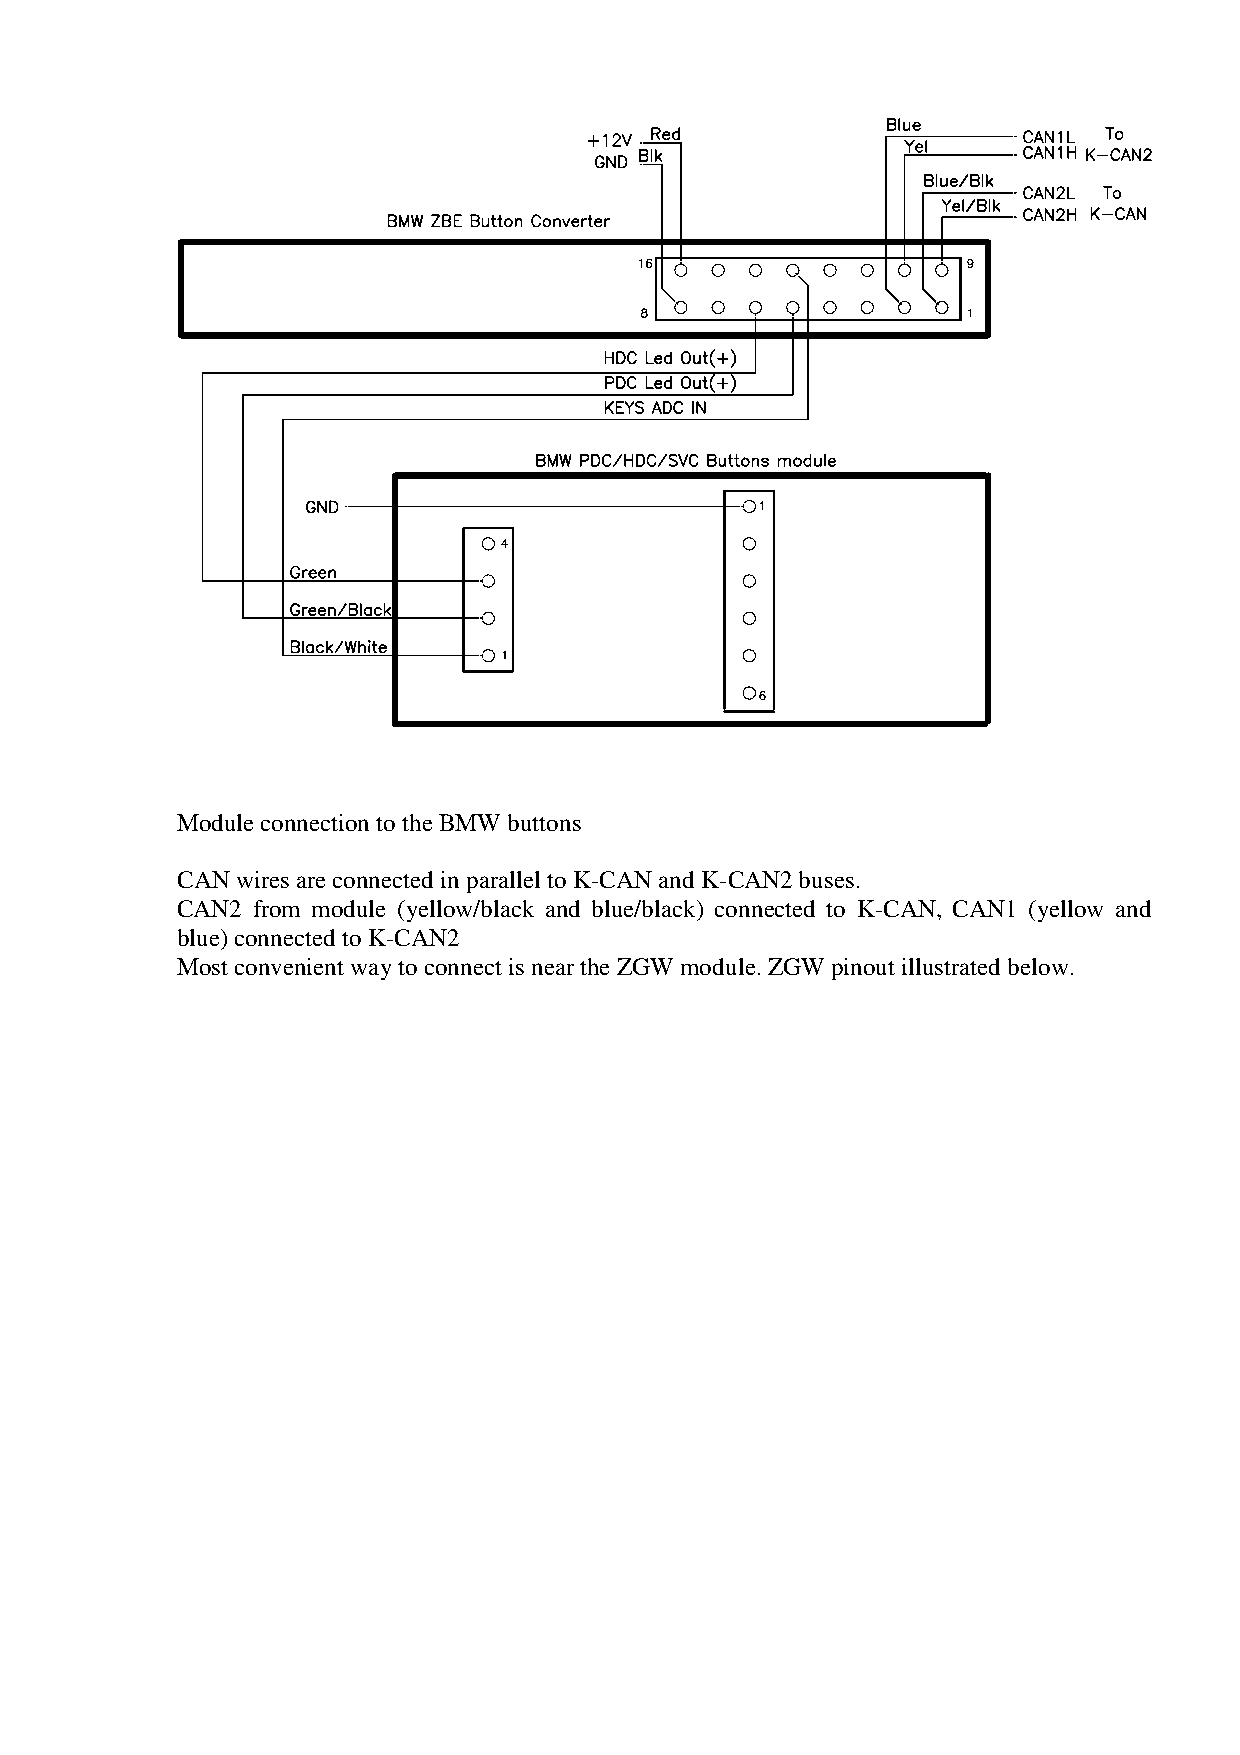
Module connection to the BMW buttons
 CAN wires are connected in parallel to K-CAN and K-CAN2 buses.
 CAN2 from module (yellow/black and blue/black) connected to K-CAN, CAN1 (yellow and
 blue) connected to K-CAN2
 Most convenient way to connect is near the ZGW module. ZGW pinout illustrated below.